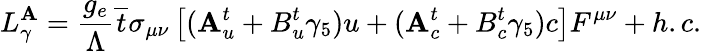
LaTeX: L_{\gamma}^{\mathbf{A}}=\frac{{g_{e}}}{{\Lambda}}\overline{{{{t}}}}\sigma_{\mu\nu}\left[(\mathbf{A}_{u}^{t}+B_{u}^{t}\gamma_{5})u+(\mathbf{A}_{c}^{t}+B_{c}^{t}\gamma_{5})c\right]F^{\mu\nu}+h.c.